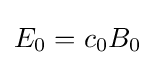
E_{0}=c_{0}B_{0}